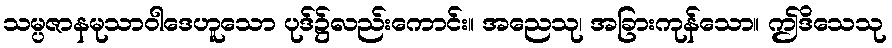
သမ္ပဇာနမုသာဝါဒေဟူသော ပုဒ်၌လည်းကောင်း။ အညေသု၊ အခြားကုန်သော။ ဤဒိသေသု